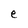
Character: e